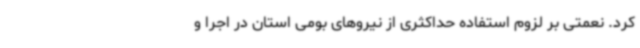
کرد. نعمتی بر لزوم استفاده حداکثری از نیروهای بومی استان در اجرا و